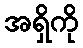
အရှိကို